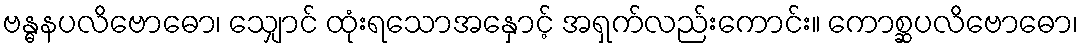
ဗန္ဓနပလိဗောဓော၊ သျှောင် ထုံးရသောအနှောင့် အရှက်လည်းကောင်း။ ကောစ္ဆပလိဗောဓော၊